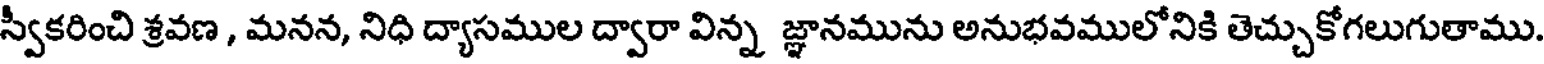
స్వీకరించి శ్రవణ , మనన, నిధి ద్యాసముల ద్వారా విన్న జ్ఞానమును అనుభవములోనికి తెచ్చుకోగలుగుతాము.